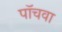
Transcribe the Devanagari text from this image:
पॉचवा